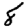
Digit: 8